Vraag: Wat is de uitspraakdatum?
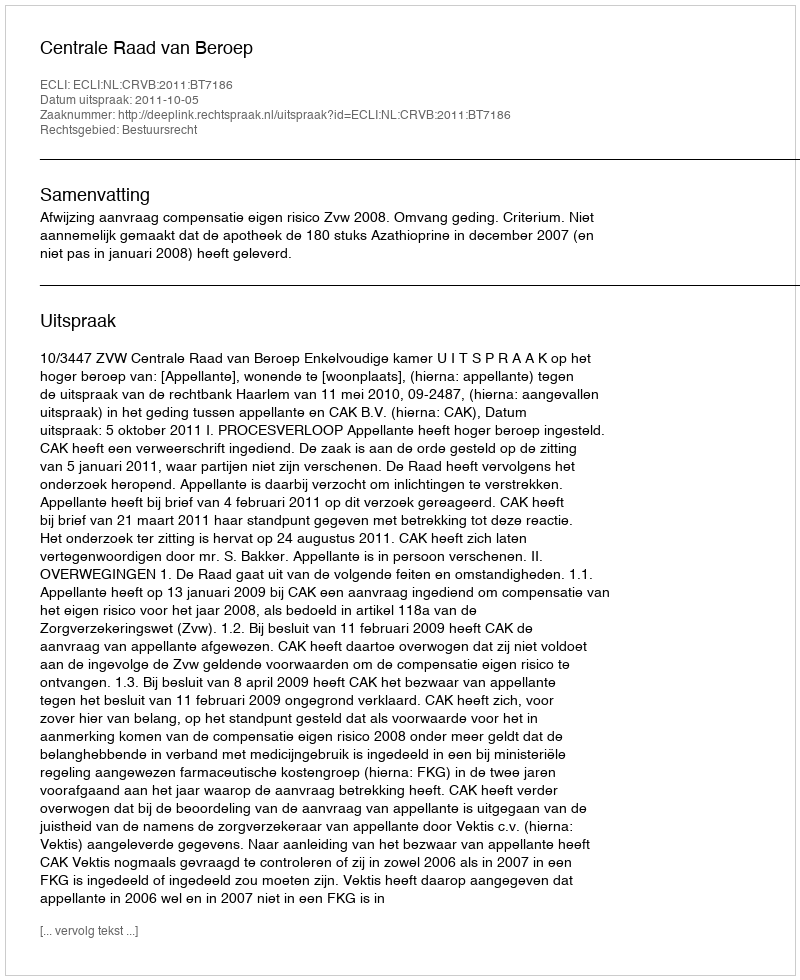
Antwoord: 2011-10-05